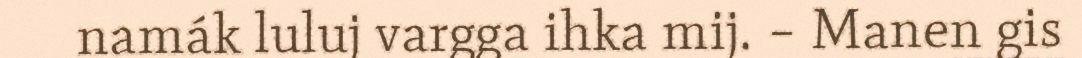
namák luluj vargga ihka mij. – Manen gis